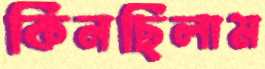
কিনছিলাম